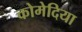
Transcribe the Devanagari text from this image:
कोमेदिया